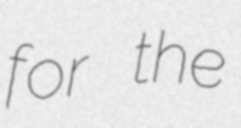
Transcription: for the